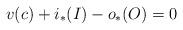
LaTeX: \begin{align*} v(c) + i_*(I) - {o}_*(O) = 0\end{align*}